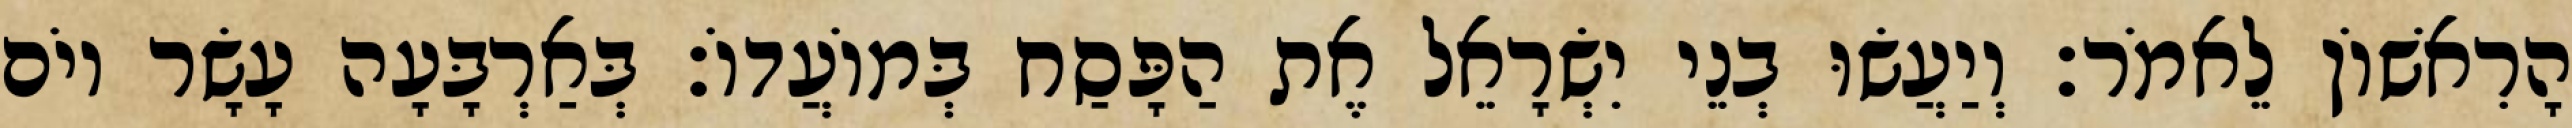
הָרִאשׁוֹן לֵאמֹר׃ וְיַעֲשׂוּ בְנֵי יִשְׂרָאֵל אֶת הַפָּסַח בְּמוֹעֲדוֹ׃ בְּאַרְבָּעָה עָשָׂר יוֹם